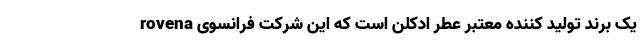
rovena یک برند تولید کننده معتبر عطر ادکلن است که این شرکت فرانسوی